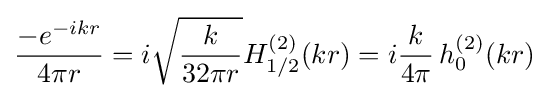
{\frac {-e^{-ikr}}{4\pi r}}=i{\sqrt {\frac {k}{32\pi r}}}H_{1/2}^{(2)}(kr)=i{\frac {k}{4\pi }}\,h_{0}^{(2)}(kr)